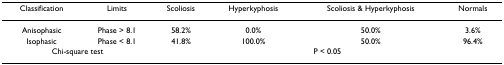
| Classification | Limits | Scoliosis | Hyperkyphosis | Scoliosis & Hyperkyphosis | Normals |
 | --- | --- | --- | --- | --- | --- |
 | Anisophasic | Phase > 8.1 | 58.2% | 0.0% | 50.0% | 3.6% |
 | Isophasic | Phase < 8.1 | 41.8% | 100.0% | 50.0% | 96.4% |
 | <COLSPAN=2> Chi-square test | <COLSPAN=4> P < 0.05 |